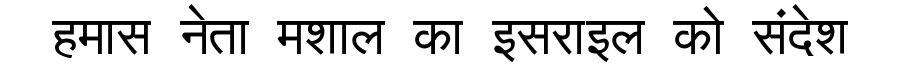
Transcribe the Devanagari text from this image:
हमास नेता मशाल का इसराइल को संदेश